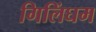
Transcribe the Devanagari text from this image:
गिलिंघम